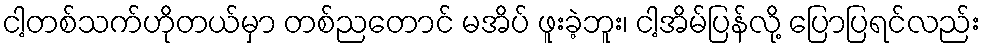
ငါ့တစ်သက်ဟိုတယ်မှာ တစ်ညတောင် မအိပ် ဖူးခဲ့ဘူး၊ ငါ့အိမ်ပြန်လို့ ပြောပြရင်လည်း